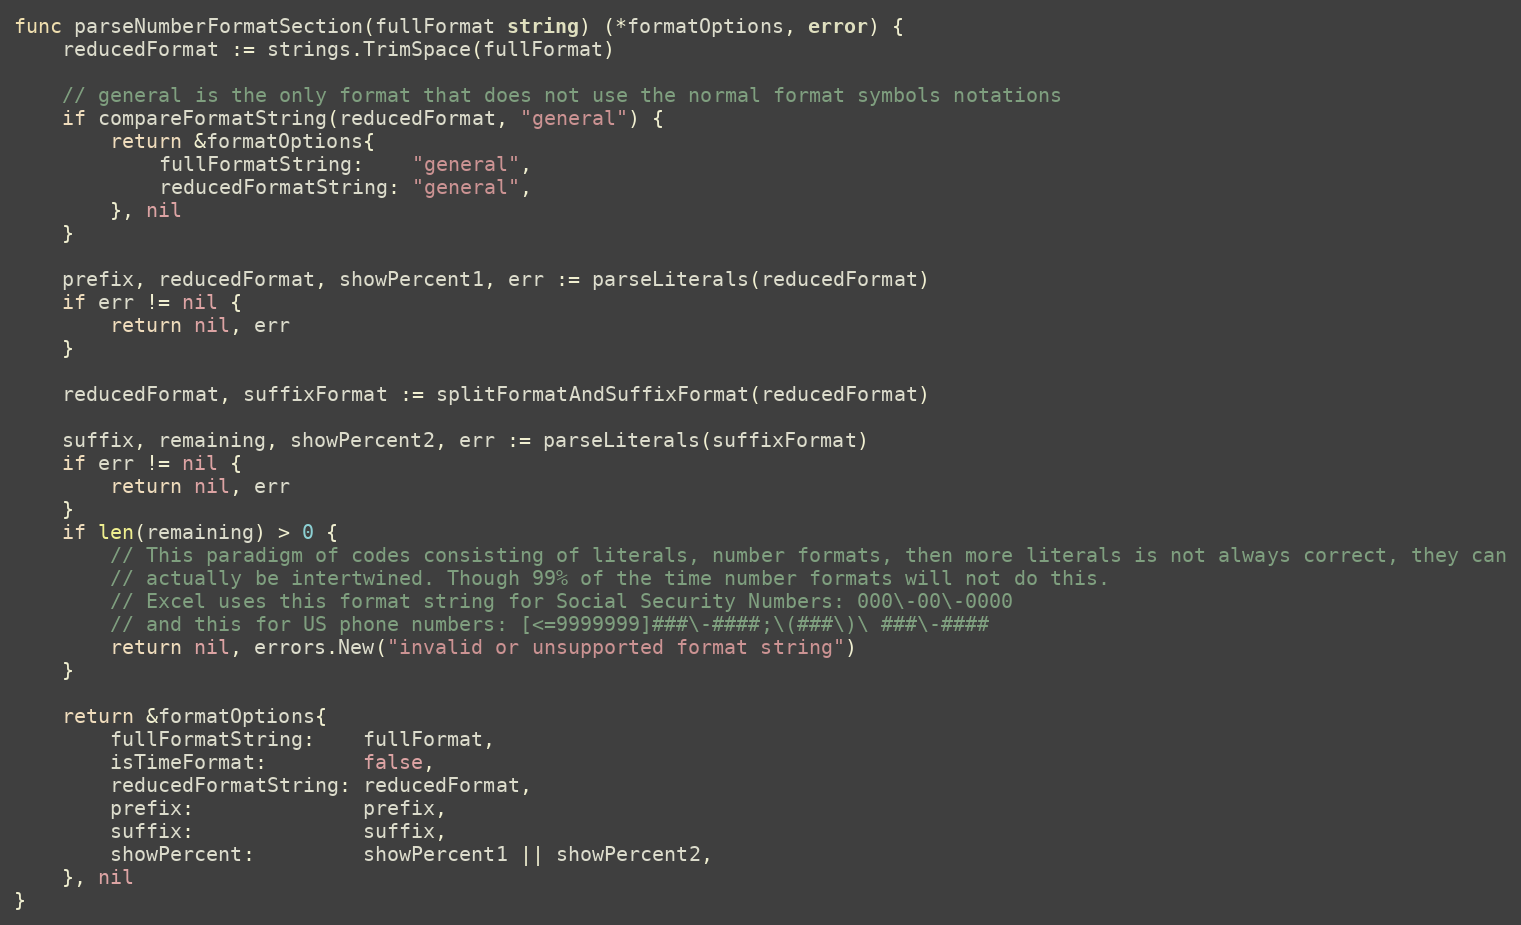
Language: Go
func parseNumberFormatSection(fullFormat string) (*formatOptions, error) {
	reducedFormat := strings.TrimSpace(fullFormat)

	// general is the only format that does not use the normal format symbols notations
	if compareFormatString(reducedFormat, "general") {
		return &formatOptions{
			fullFormatString:    "general",
			reducedFormatString: "general",
		}, nil
	}

	prefix, reducedFormat, showPercent1, err := parseLiterals(reducedFormat)
	if err != nil {
		return nil, err
	}

	reducedFormat, suffixFormat := splitFormatAndSuffixFormat(reducedFormat)

	suffix, remaining, showPercent2, err := parseLiterals(suffixFormat)
	if err != nil {
		return nil, err
	}
	if len(remaining) > 0 {
		// This paradigm of codes consisting of literals, number formats, then more literals is not always correct, they can
		// actually be intertwined. Though 99% of the time number formats will not do this.
		// Excel uses this format string for Social Security Numbers: 000\-00\-0000
		// and this for US phone numbers: [<=9999999]###\-####;\(###\)\ ###\-####
		return nil, errors.New("invalid or unsupported format string")
	}

	return &formatOptions{
		fullFormatString:    fullFormat,
		isTimeFormat:        false,
		reducedFormatString: reducedFormat,
		prefix:              prefix,
		suffix:              suffix,
		showPercent:         showPercent1 || showPercent2,
	}, nil
}